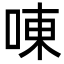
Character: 㖦